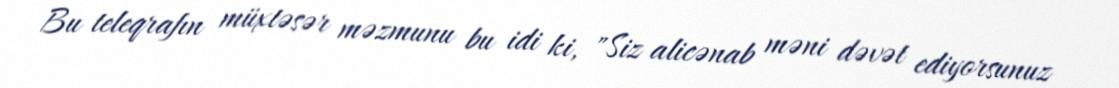
Bu teleqrafın müxtəsər məzmunu bu idi ki, "Siz alicənab məni dəvət ediyorsunuz